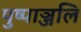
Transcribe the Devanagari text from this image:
पुष्पाञ्जलि